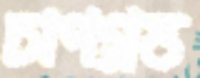
চাপগ্রস্ত